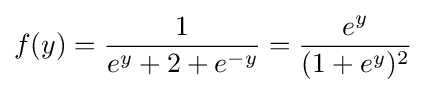
f(y)={\frac {1}{e^{y}+2+e^{-y}}}={\frac {e^{y}}{(1+e^{y})^{2}}}